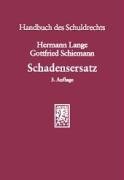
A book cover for Schadensersatz (Handbuch Des Schuldrechts) (German Edition); Hermann Lange; Law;